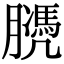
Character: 𦡻